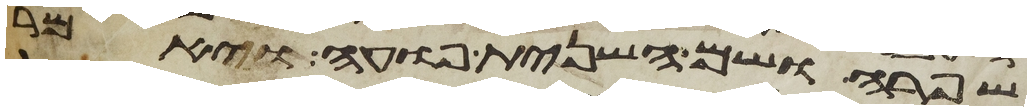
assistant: שפרה ושם השנית פועה ויאמר